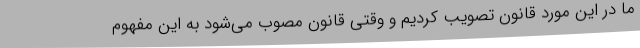
ما در این مورد قانون تصویب کردیم و وقتی قانون مصوب می‌شود به این مفهوم